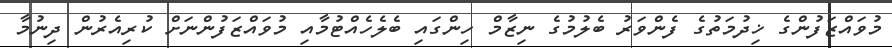
މުވައްޒަފުންގެ ޚިދުމަތުގެ ފެންވަރު ބެލުމުގެ ނިޒާމް ހިންގައި ބެލެހެއްޓުމާއި މުވައްޒަފުންނަށް ކުރިއެރުން ދިނުމާ